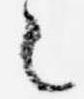
之